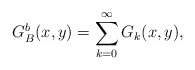
\begin{align*}G_{B}^{b}(x,y)=\sum_{k=0}^{\infty}G_{k}(x,y),\end{align*}